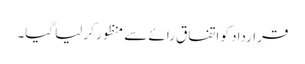
قرارداد کو اتفاق رائے سے منظور کر لیا گیا۔